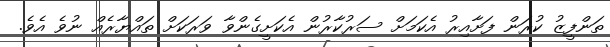
ތަންފީޒު ކުރަން ފަށާއިރު އެކަމަށް ސަރުކާރުން އެކަށީގެންވާ ވަރަކަށް ތައްޔާރެއް ނުވެ އެވެ.